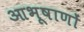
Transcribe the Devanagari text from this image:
आभूषाणों